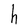
Character: h